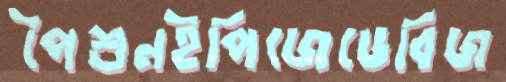
পৈশুনইপিজেডেবিজ